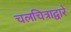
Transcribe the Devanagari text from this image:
चलचित्राद्वारे